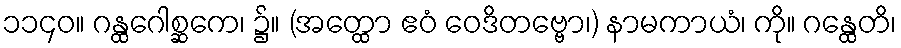
၁၁၄၀။ ဂန္ထဂေါစ္ဆကေ၊ ၌။ (အတ္ထော ဧဝံ ဝေဒိတဗ္ဗော၊) နာမကာယံ၊ ကို။ ဂန္ထေတိ၊